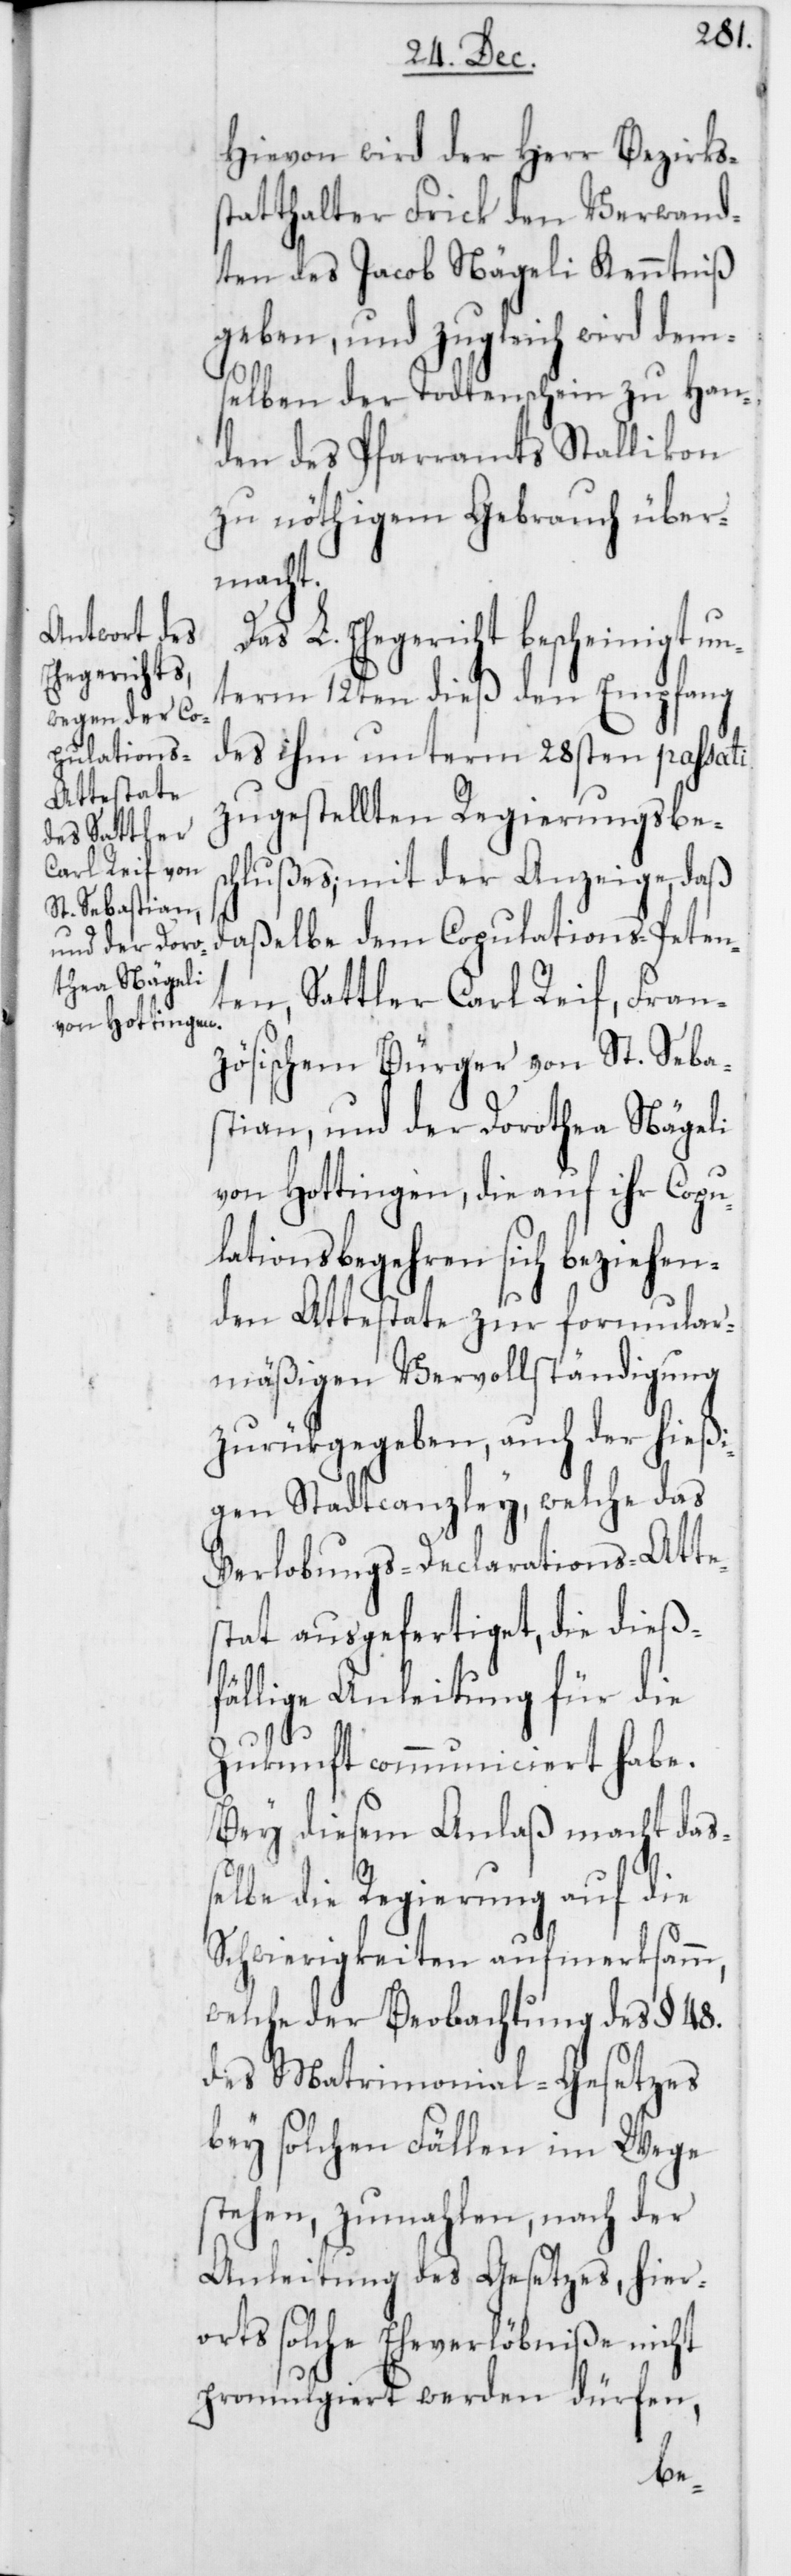
Hievon wird der Herr Bezirks¬
statthalter Frick den Verwand¬
ten des Jacob Nägeli Kenntniß
geben, und zugleich wird dem¬
selben der Todtenschein zu Han¬
den des Pfarramts Stallikon
zu nöthigem Gebrauch über¬
macht.
Das L. Ehegericht bescheinigt un¬
term 12ten dieß den Empfang
des ihm unterm 28sten passati
zugestellten Regierungsbes¬
chlußes; mit der Anzeige, daß
daßelbe dem Copulations-Peten¬
ten, Sattler Carl Reif, Fran¬
zösischem Bürger von St. Seba¬
stian, und der Dorothea Nägeli
von Hottingen, die auf ihr Copu¬
lationsbegehren sich beziehen¬
den Attestate zu formular¬
mäßigen Vervollständigung
zurükgegeben, auch der hieß¬
igen Stadtcanzley, welche das
Verlobungs-Declarations-Atte¬
stat ausgefertiget, die dieß¬
fällige Anleitung für die
Zukunft communiciert habe.
Bey diesem Anlaß macht daß¬
elbe die Regierung auf die
Schwierigkeiten aufmerksamm,
welche der Beobachtung des § 48.
des Matrimonial-Gesetzes
bey solchen Fällen im Wege
stehen, zumahlen, nach der
Anleitung des Gesetzes, hier¬
orts solche Eheverlöbniße nicht
promulgiert werden dürfen,